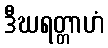
ဒီဃရတ္တာဟံ